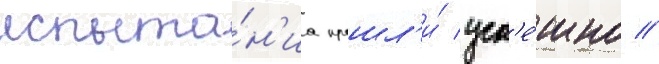
испыта́н'иа прошл'и́ усп'е́шно //